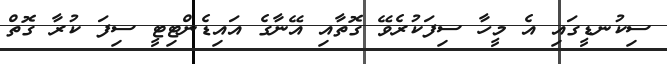
ސިކުނޑީގައި އެ މީހާ ސިފަކުރެވޭ ގޮތާއި އޭނާގެ އައިޑެންޓިޓީ ސިފަ ކުރާ ގޮތް